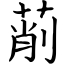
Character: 萷